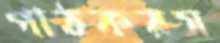
পাঠকরস